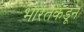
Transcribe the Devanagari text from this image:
भारतकडून